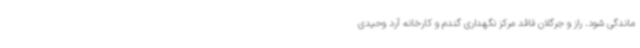
ماندگی شود. راز و جرگلان فاقد مرکز نگهداری گندم و کارخانه آرد وحیدی